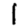
Digit: 1